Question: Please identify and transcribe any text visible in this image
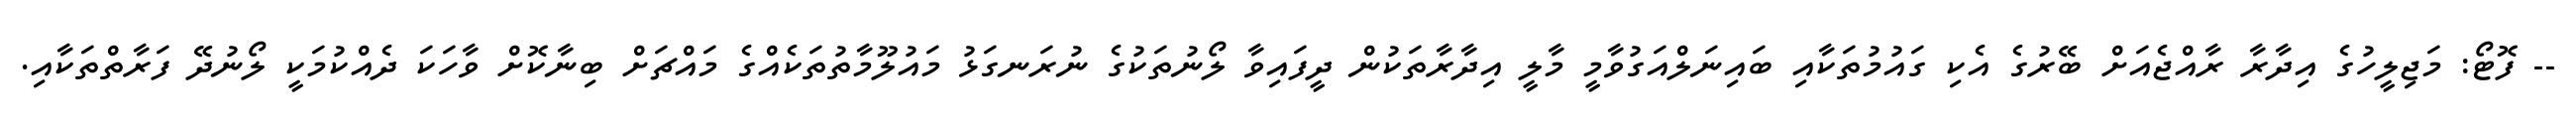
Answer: -- ފޮޓޯ: މަޖިލީހުގެ އިދާރާ ރާއްޖެއަށް ބޭރުގެ އެކި ގައުމުތަކާއި ބައިނަލްއަގުވާމީ މާލީ އިދާރާތަކުން ދީފައިވާ ލޯނުތަކުގެ ނުރަނގަޅު މައުލޫމާތުތަކެއްގެ މައްޗަށް ބިނާކޮށް ވާހަކަ ދެއްކުމަކީ ލޯނުދޭ ފަރާތްތަކާއި.